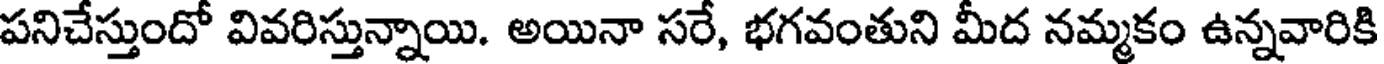
పనిచేస్తుందో వివరిస్తున్నాయి. అయినా సరే, భగవంతుని మీద నమ్మకం ఉన్నవారికి